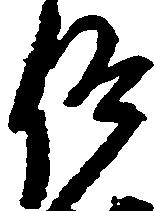
仰